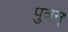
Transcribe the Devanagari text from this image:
पुत्रन्